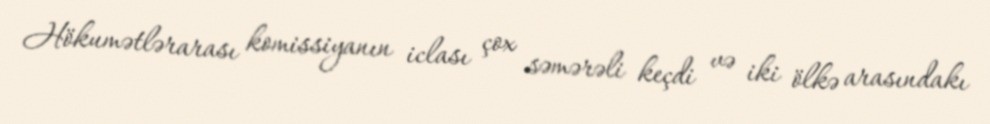
Hökumətlərarası komissiyanın iclası çox səmərəli keçdi və iki ölkə arasındakı